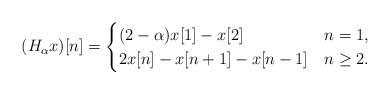
LaTeX: \begin{align*}(H_\alpha x)[n]=\begin{cases}(2-\alpha)x[1]-x[2]& n=1,\\2x[n]-x[n+1]-x[n-1] & n\geq2.\end{cases}\end{align*}